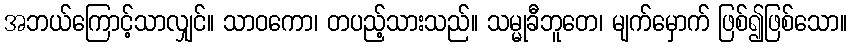
အဘယ်ကြောင့်သာလျှင်။ သာဝကော၊ တပည့်သားသည်။ သမ္မုခီဘူတေ၊ မျက်မှောက် ဖြစ်၍ဖြစ်သော။